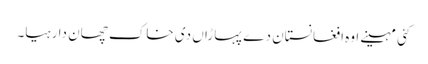
کئی مہینے اوہ افغانستان دے پہاڑاں دی خاک چھان دا رہیا۔